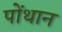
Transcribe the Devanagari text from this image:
पोंथान